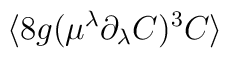
\langle 8g(\mu^\lambda\partial_\lambda{C})^3C\rangle